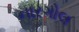
નારગોલ